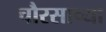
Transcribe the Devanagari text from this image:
चौरसाच्या